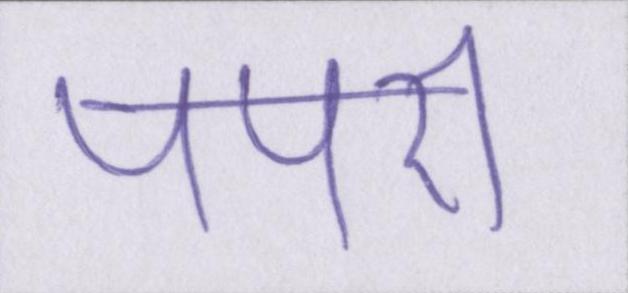
पपरी